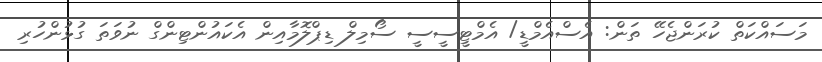
މަސައްކަތް ކުރަންޖެހޭ ތަން: އެސްއެމްޑީ/ އެމްޓީސީސީ ސޯމިލް ޑިޕްލޮމާއިން އެކައުންޓިންގް ނުވަތަ ގުޅުންހުރި